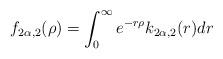
LaTeX: \begin{align*}f_{2\alpha,2}(\rho)=\int_0^{\infty}e^{-r\rho}k_{2\alpha,2}(r)dr\end{align*}